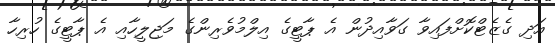
އަދި ގެޒެޓްކޮށްފައިވާ ގަވާއިދުން އެ ޕާޓީގެ އިލްމުވެރިންގެ މަޖިލީހާއި އެ ޕާޓީގެ ހުރިހާ